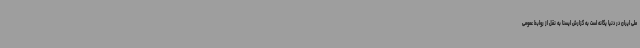
ملی ایران در دنیا یگانه است به گزارش ایسنا به نقل از روابط عمومی